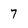
Character: 7